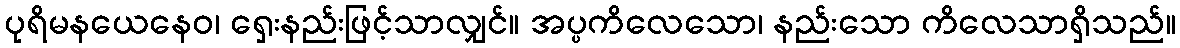
ပုရိမနယေနေဝ၊ ရှေးနည်းဖြင့်သာလျှင်။ အပ္ပကိလေသော၊ နည်းသော ကိလေသာရှိသည်။